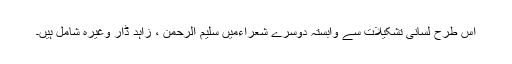
اس طرح لسانی تشکیلات سے وابستہ دوسرے شعراءمیں سلیم الرحمن ، زاہد ڈار وغیرہ شامل ہیں۔